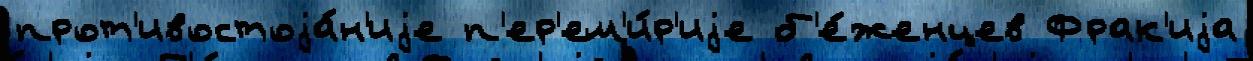
прот'ивостоjа́н'иjе п'ер'ем'и́р'иjе б'е́женцев Фрак'иjа